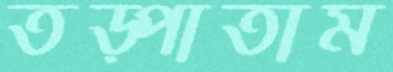
তড়্‌পাতাম